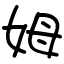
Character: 姆